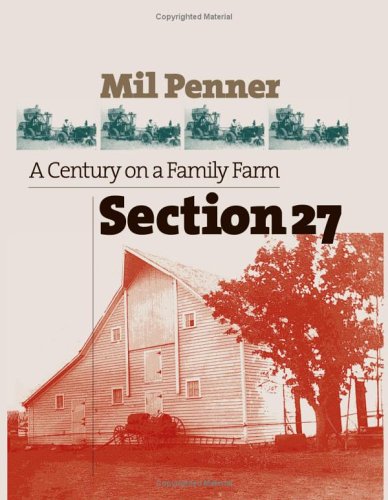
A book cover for Section 27: A Century on a Family Farm; Mil Penner; Christian Books & Bibles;